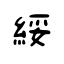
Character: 綏